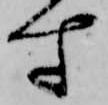
す